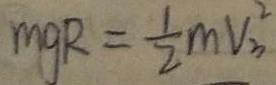
m g R = \frac { 1 } { 2 } m V _ { 3 } ^ { 2 }